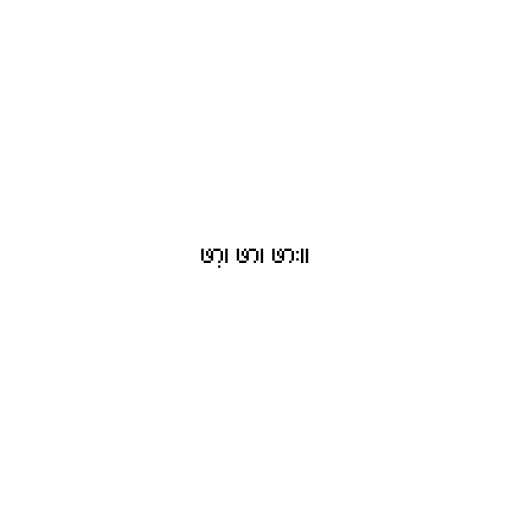
ဖာ့၊ ဖာ၊ ဖား။